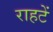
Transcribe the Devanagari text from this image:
राहटें